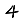
Digit: 4